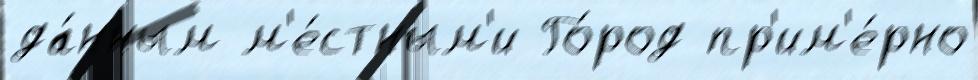
да́нным м'е́стным'и Го́род пр'им'е́рно